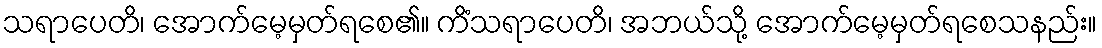
သရာပေတိ၊ အောက်မေ့မှတ်ရစေ၏။ ကိံသရာပေတိ၊ အဘယ်သို့ အောက်မေ့မှတ်ရစေသနည်း။